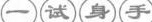
一试身手